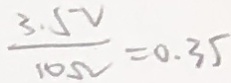
\frac { 3 . 5 V } { 1 0 \Omega } = 0 . 3 5